Lunatic asylums Madras 1892-1911 - 1892-1911
Year: 1892
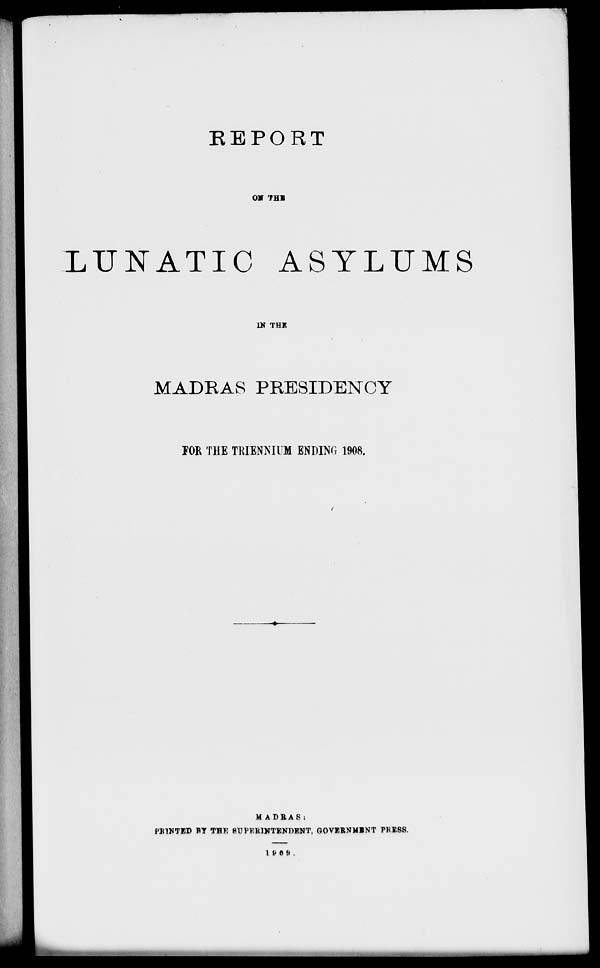
REPORT
0* THE
LUNATIC ASYLUMS
D? THE
MADRAS PRESIDENCY
FOR THE TKIENNIUM ENDING 1908.
MADBAS:
PB1NTED FT THE SUPERINTENDENT, GOVERNMENT PRESS.
1 (• 0 !) .